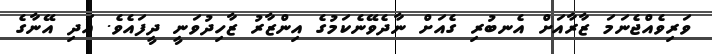
ވަރިވެއްޖެނަމަ ޒާރާއަށް އެނބުރި ގެއަށް ނާދެވޭނެކަމުގެ އިންޒާރު ޒާހިދުވަނީ ދީފައެވެ. އަދި އޭނާގެ